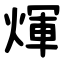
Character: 煇